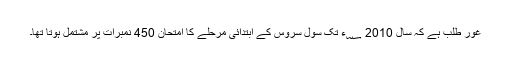
غور طلب ہے کہ سال 2010 ؁ء تک سول سروس کے ابتدائی مرحلے کا امتحان 450 نمبرات پر مشتمل ہوتا تھا۔